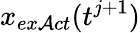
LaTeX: x_{ex\mathcal{A}ct}(t^{j+1})